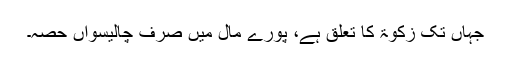
جہاں تک زکوٰۃ کا تعلق ہے، پورے مال میں صرف چالیسواں حصہ۔